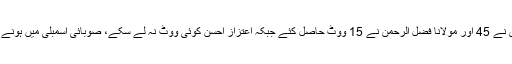
بلوچستان اسمبلی میں 61 میں سے 60 اراکین نے ووٹ ڈالے، عارف علوی نے 45 اور مولانا فضل الرحمٰن نے 15 ووٹ حاصل کئے جبکہ اعتزاز احسن کوئی ووٹ نہ لے سکے، صوبائی اسمبلی میں ہونے والی پولنگ چیف جسٹس سیدطاہرہ صفدر کی سربراہی میں انجام کو پہنچی۔